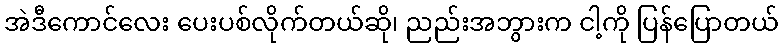
အဲဒီကောင်လေး ပေးပစ်လိုက်တယ်ဆို၊ ညည်းအဘွားက ငါ့ကို ပြန်ပြောတယ်